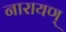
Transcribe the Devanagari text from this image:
नारायण्